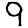
Digit: 9